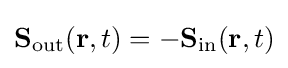
\mathbf {S} _{\text{out}}(\mathbf {r} ,t)=-\mathbf {S} _{\text{in}}(\mathbf {r} ,t)